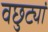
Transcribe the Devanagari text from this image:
वछुट्यां